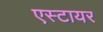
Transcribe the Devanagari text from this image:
एस्टायर